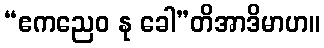
“ဧကညေဝ နု ခေါ”တိအာဒိမာဟ။